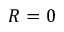
R = 0